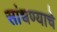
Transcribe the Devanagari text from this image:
सांधण्याचे